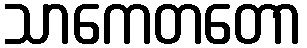
သာကေတတော